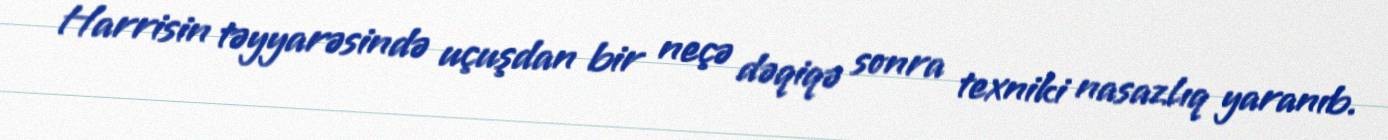
Harrisin təyyarəsində uçuşdan bir neçə dəqiqə sonra texniki nasazlıq yaranıb.